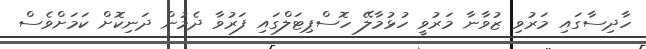
ހާދިސާގައި މަރުވި ޒުވާނާ މަރުވީ ހުޅުމާލޭ ހޮސްޕިޓަލްގައި ފަރުވާ ދެމުން ދަނިކޮށް ކަމަށްވެސް